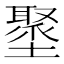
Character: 𡒍